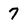
Character: 7